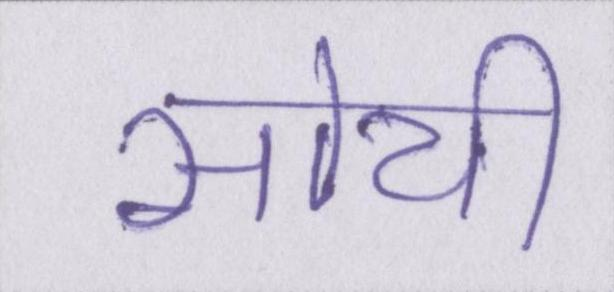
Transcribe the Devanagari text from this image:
सोयी